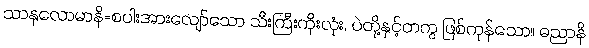
သာနုလောမာနိ=စပါးအားလျော်သော သီးကြီးကိုးလုံး, ပဲတို့နှင့်တကွ ဖြစ်ကုန်သော။ ဓညာနိ